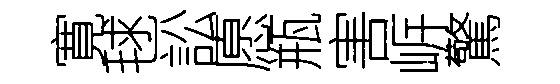
寛毬訟愿瓶害㟁驚